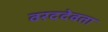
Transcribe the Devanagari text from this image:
वरददेवता